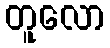
တူလော